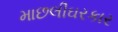
માછલીઘરકાર